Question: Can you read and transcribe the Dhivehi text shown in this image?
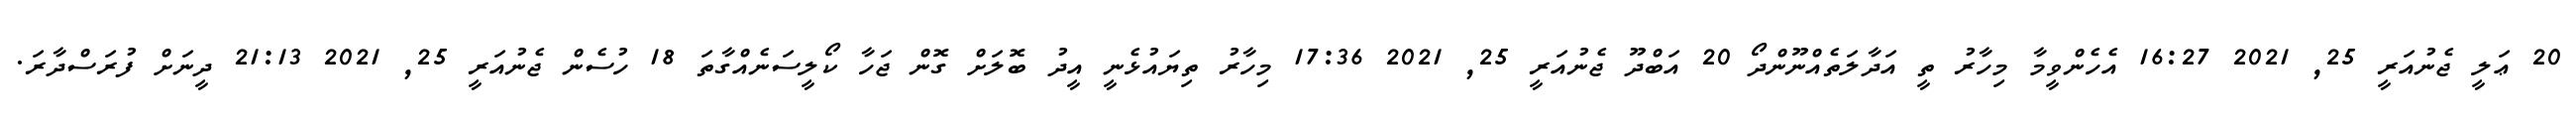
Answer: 20 ޢަލީ ޖެނުއަރީ 25, 2021 16:27 އެހެންވީމާ މިހާރު ތީ އަދާލަތެއްނޫންދޯ 20 އަބްދޫ ޖެނުއަރީ 25, 2021 17:36 މިހާރު ތިޔައުޅެނީ އީދު ބޮލަށް ގޮން ޖަހާ ކޯލީސަނެއްގާތަ 18 ހުސެން ޖެނުއަރީ 25, 2021 21:13 ދީނަށް ފުރަސްދާރަ.